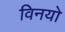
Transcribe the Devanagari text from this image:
विनयो